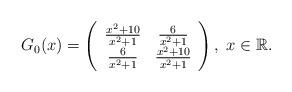
LaTeX: \begin{align*}G_{0}(x) = \left(\begin{array}{cc}\frac{x^2 + 10}{x^2 + 1} & \frac{6}{x^2 + 1} \\\frac{6}{x^2 + 1} & \frac{x^2 + 10}{x^2 + 1}\end{array}\right),\; x\in {\mathbb R}.\end{align*}